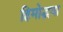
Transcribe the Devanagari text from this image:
हिमोद्भवा